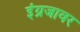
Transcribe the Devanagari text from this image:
इंग्रजावर